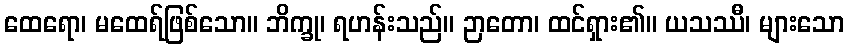
ထေရော၊ မထေရ်ဖြစ်သော။ ဘိက္ခု၊ ရဟန်းသည်။ ဉာတော၊ ထင်ရှား၏။ ယသဿီ၊ များသော